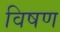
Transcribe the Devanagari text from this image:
विषण